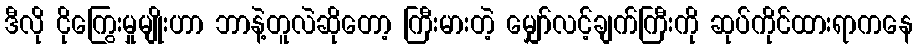
ဒီလို ငိုကြွေးမှုမျိုးဟာ ဘာနဲ့တူလဲဆိုတော့ ကြီးမားတဲ့ မျှော်လင့်ချက်ကြီးကို ဆုပ်ကိုင်ထားရာကနေ